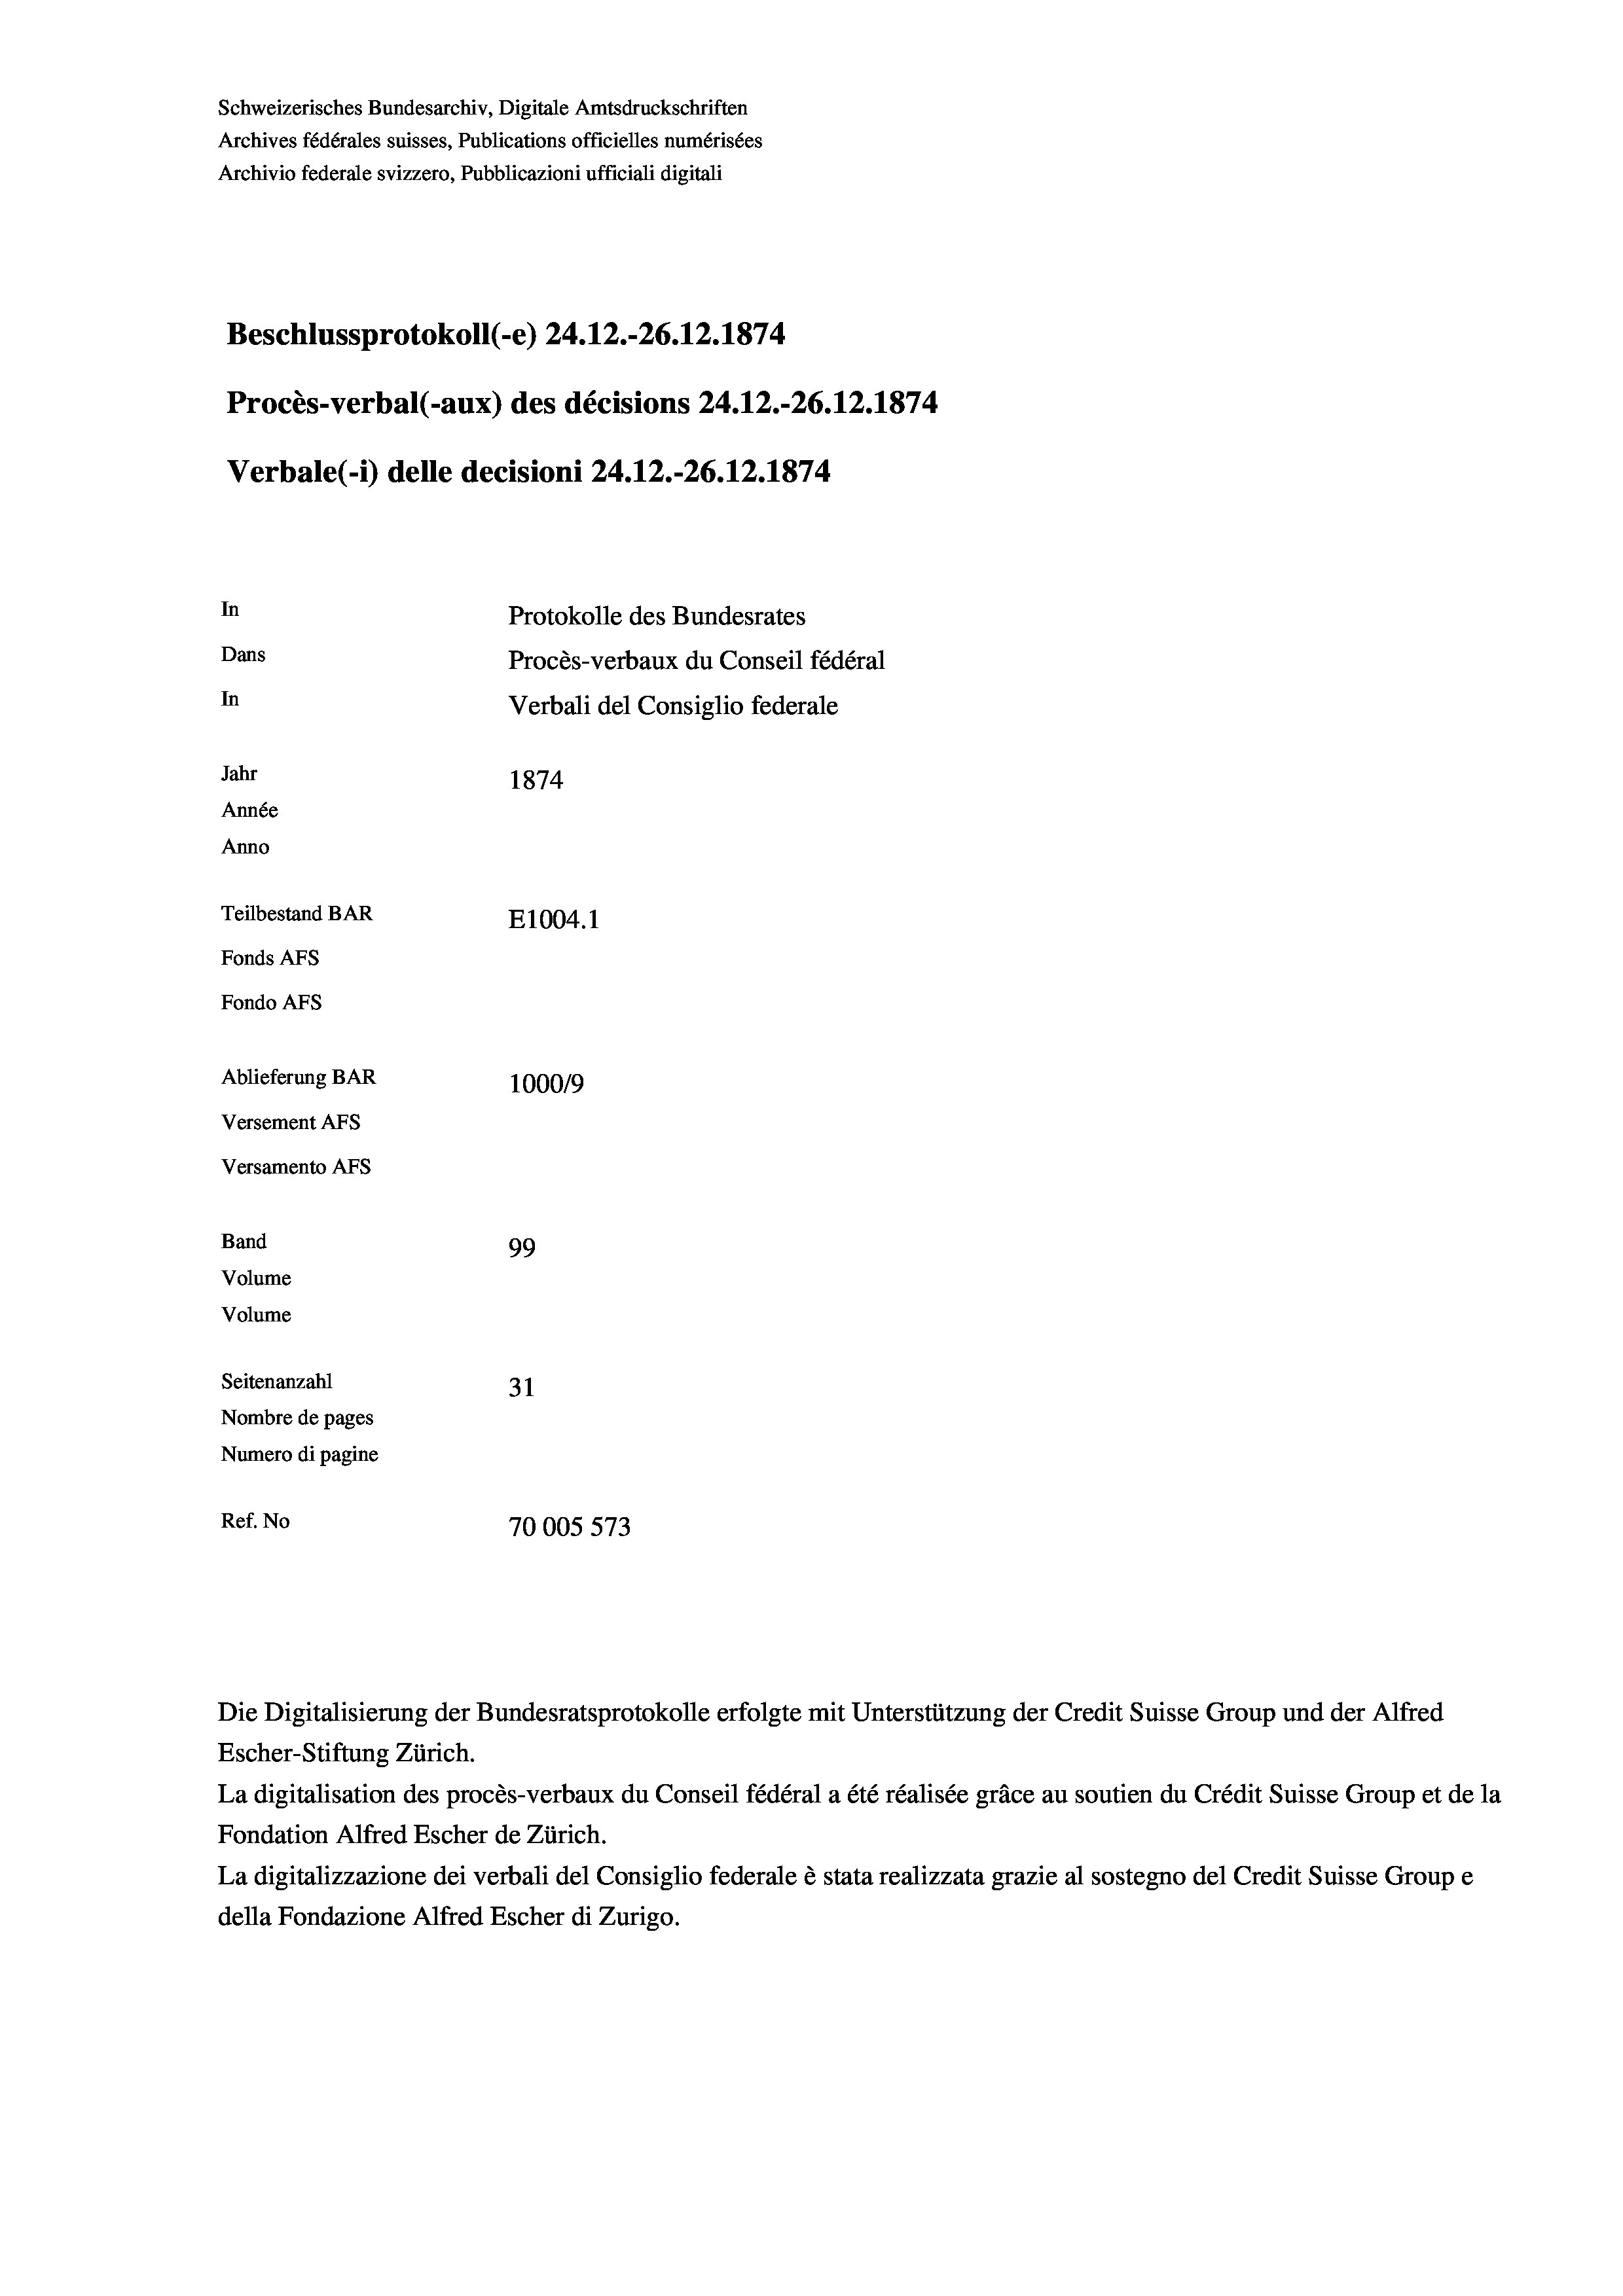
Schweizerisches Bundesarchiv, Digitale Amtsdruckschriften
Archives fédérales suisses, Publications officielles numérisées
Archivio federale svizzero, Pubblicazioni ufficiali digitali
Beschlussprotokoll (-e) 24.12.-26.12.1874
Procès-verbal (-aux) des décisions 24.12.-26.12.1874
Verbale(-*) delle decisioni 24.12.-26.12.1874
In
Protokolle des Bundesrates
Dans
Procès-verbaux du Conseil fédéral
In
Verbali del Consiglio federale
Jahr
1874
Année
Anno
Teilbestand BAR
E1004. 1
Fonds AFs
Fondo AFs
Ablieferung BAR
100019
Versement AFs
Versamento Afs
Band
99
Volume
Volume
Seitenanzahl
31
Nombre de pages
Numero di pagine
Ref. No
70005573

Die Digitalisierung der Bundesratsprotokolle erfolgte mit Unterstützung der Credit Suisse Group und der Alfred
Escher-Stiftung Zürich.
La digitalisation des procès-verbaux du Conseil fédéral a été réalisée gräce au soutien du Crédit Suisse Group et de la
Fondation Alfred Escher de Zürich.
La digitalizzazione dei verbali del Consiglio federale è stata realizzata grazie al sostegno del Credit Suisse Groupe
della Fondazione Alfred Escher di Zurigo.